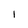
Character: l